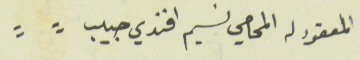
المعقود له المحامي نسيم افندي حبيب =	=